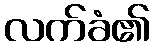
လက်ခံ၏